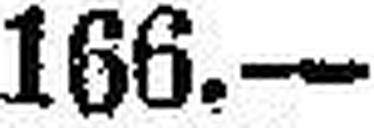
166.—